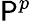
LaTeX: \mathsf{P}^{p}